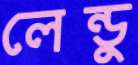
লেন্ডু